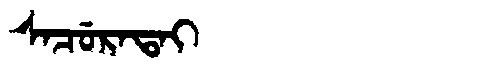
Manchu: ᠰᠠᠴᡠᡵᠠᡨᠠᡳ
Romanization: SACURATAI